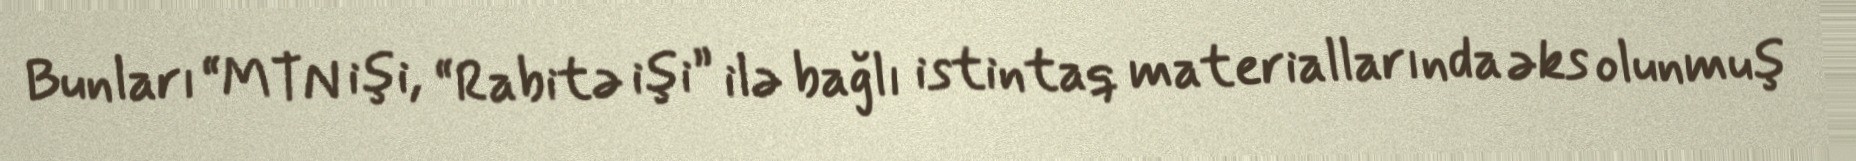
Bunları “MTN işi, “Rabitə işi” ilə bağlı istintaq materiallarında əks olunmuş